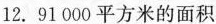
12.91000平方米的面积